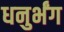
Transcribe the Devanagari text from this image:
धनुर्भंग